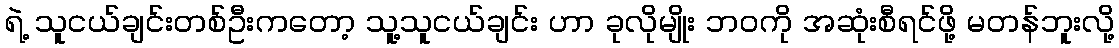
ရဲ့ သူငယ်ချင်းတစ်ဦးကတော့ သူ့သူငယ်ချင်း ဟာ ခုလိုမျိုး ဘဝကို အဆုံးစီရင်ဖို့ မတန်ဘူးလို့